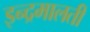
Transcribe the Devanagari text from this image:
इन्द्रमालती